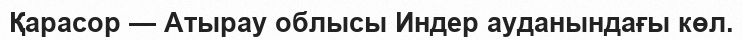
Қарасор — Атырау облысы Индер ауданындағы көл.